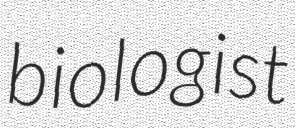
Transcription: biologist